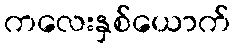
ကလေးနှစ်ယောက်